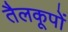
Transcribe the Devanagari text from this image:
तैलकूपों